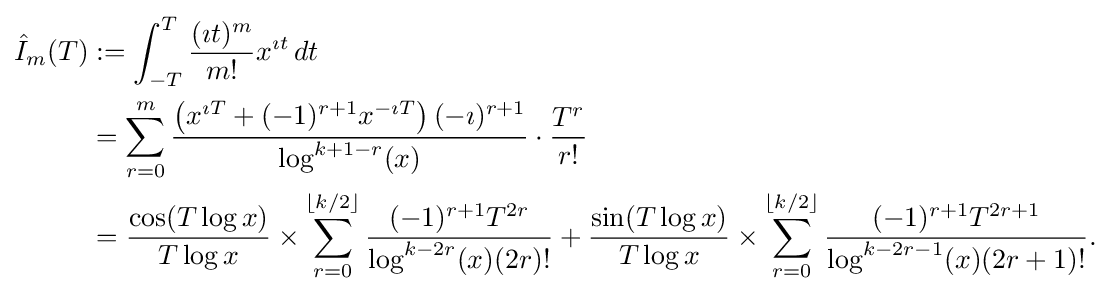
{\begin{aligned}{\hat {I}}_{m}(T)&:=\int _{-T}^{T}{\frac {(\imath t)^{m}}{m!}}x^{\imath t}\,dt\\&=\sum _{r=0}^{m}{\frac {\left(x^{\imath T}+(-1)^{r+1}x^{-\imath T}\right)(-\imath )^{r+1}}{\log ^{k+1-r}(x)}}\cdot {\frac {T^{r}}{r!}}\\&={\frac {\cos(T\log x)}{T\log x}}\times \sum _{r=0}^{\lfloor k/2\rfloor }{\frac {(-1)^{r+1}T^{2r}}{\log ^{k-2r}(x)(2r)!}}+{\frac {\sin(T\log x)}{T\log x}}\times \sum _{r=0}^{\lfloor k/2\rfloor }{\frac {(-1)^{r+1}T^{2r+1}}{\log ^{k-2r-1}(x)(2r+1)!}}.\end{aligned}}